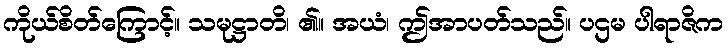
ကိုယ်စိတ်ကြောင့်။ သမုဋ္ဌာတိ၊ ၏။ အယံ၊ ဤအာပတ်သည်။ ပဌမ ပါရာဇိက